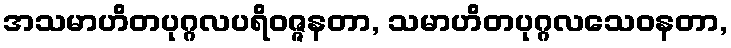
အသမာဟိတပုဂ္ဂလပရိဝဇ္ဇနတာ, သမာဟိတပုဂ္ဂလသေဝနတာ,